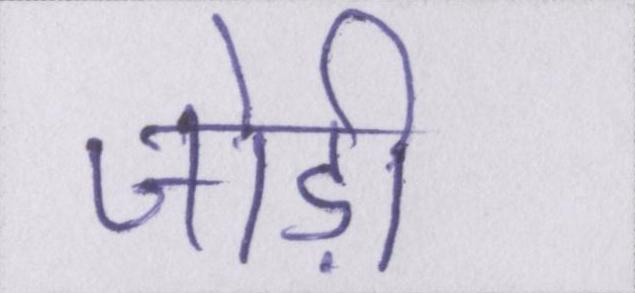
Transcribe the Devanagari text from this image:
जोड़ी